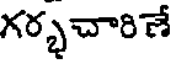
గర్భచారిణే